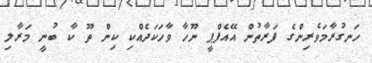
ހަނގުރާމަވެރިންގެ ފަރާތުން އޭއެފްޕީ ނޫހާ ވާހަކަދެއްކި ކިން ތޫ ކާ ބުނީ މަރާލި